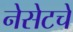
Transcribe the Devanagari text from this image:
नेसेटचे